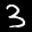
Label: 3